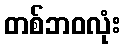
တစ်ဘဝလုံး